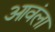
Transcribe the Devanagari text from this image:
आवंला